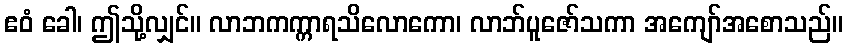
ဧဝံ ခေါ၊ ဤသို့လျှင်။ လာဘကက္ကာရသိလောကော၊ လာဘ်ပူဇော်သကာ အကျော်အစောသည်။